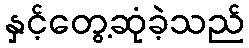
နှင့်တွေ့ဆုံခဲ့သည်